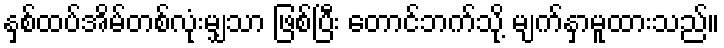
နှစ်ထပ်အိမ်တစ်လုံးမျှသာ ဖြစ်ပြီး တောင်ဘက်သို့ မျက်နှာမူထားသည်။